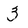
Character: 3